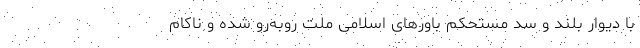
با دیوار بلند و سد مستحکم باورهای اسلامی ملت رو‌به‌رو شده و ناکام